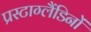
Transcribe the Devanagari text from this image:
प्रस्टाग्लैंडिनों